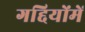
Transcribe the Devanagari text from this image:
गद्दियोंमें